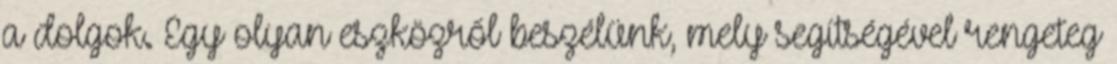
a dolgok. Egy olyan eszközről beszélünk, mely segítségével rengeteg